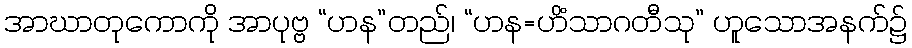
အာဃာတုကောကို အာပုဗ္ဗ “ဟန”တည်၊ “ဟန=ဟိံသာဂတီသု” ဟူသောအနက်၌